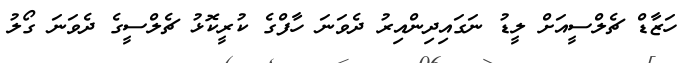
ހަޒާޑް ޗެލްސީއަށް ލީޑު ނަގައިދިންއިރު ދެވަނަ ހާފްގެ ކުރީކޮޅު ޗެލްސީގެ ދެވަނަ ގޯލު